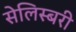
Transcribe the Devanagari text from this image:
सेलिस्बरी